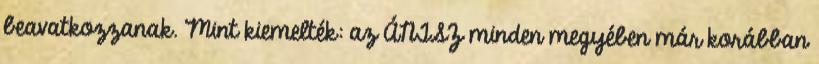
beavatkozzanak. Mint kiemelték: az ÁNTSZ minden megyében már korábban